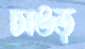
চাঙড়